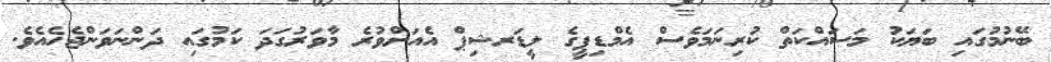
ބޭނުމުގައި ބަޔަކު މަސައްކަތް ކުރިނަމަވެސް އެމްޑިޕީގެ ލީޑަރޝިޕް އެއަށްވުރެ މާވަރުގަދަ ކަމުގައި ދަންނަވަންޖެހެއެވެ.